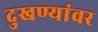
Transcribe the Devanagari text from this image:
दुखण्यांवर